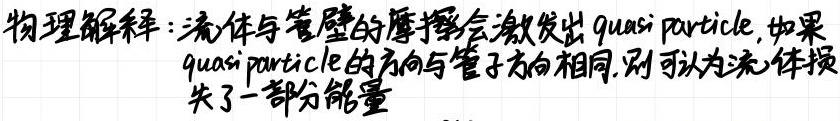
物理解释：流体与管壁的摩擦会激发出quasi particle,如果quasi particle的方向与管子方向相同,则可认为流体损失了一部分能量